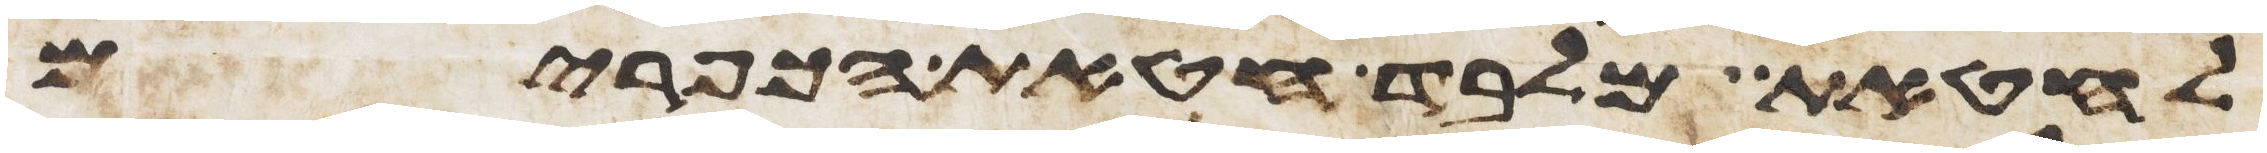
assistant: לחטאת מלבד חטאת הכפורים